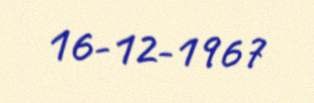
16-12-1967